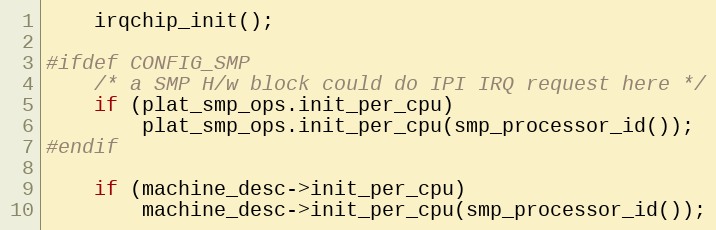
Language: C
	irqchip_init();

#ifdef CONFIG_SMP
	/* a SMP H/w block could do IPI IRQ request here */
	if (plat_smp_ops.init_per_cpu)
		plat_smp_ops.init_per_cpu(smp_processor_id());
#endif

	if (machine_desc->init_per_cpu)
		machine_desc->init_per_cpu(smp_processor_id());